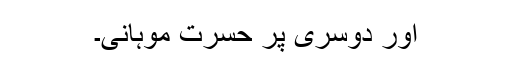
اور دوسری پر حسرت موہانی۔